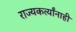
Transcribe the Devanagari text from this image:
राज्यकर्त्यांनाही